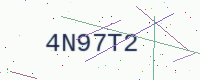
Text: 4N97T2